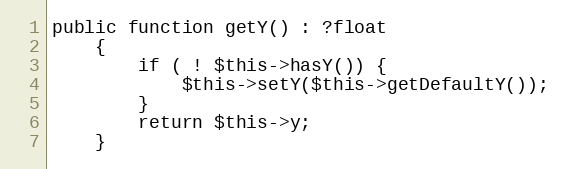
Language: PHP
public function getY() : ?float
    {
        if ( ! $this->hasY()) {
            $this->setY($this->getDefaultY());
        }
        return $this->y;
    }